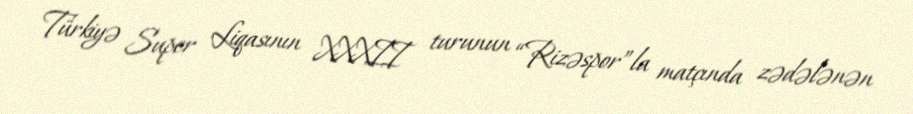
Türkiyə Super Liqasının XXXII turunun “Rizəspor”la matçında zədələnən